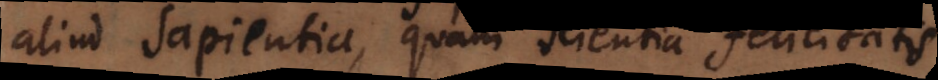
aliud sapientia, quam scientia felicitatis